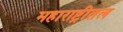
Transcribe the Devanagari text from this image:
महाराष्ट्रीतल